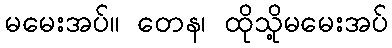
မမေးအပ်။ တေန၊ ထိုသို့မမေးအပ်